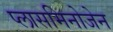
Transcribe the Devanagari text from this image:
प्लासमिनोजेन